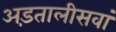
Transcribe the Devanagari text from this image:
अड़तालीसवां